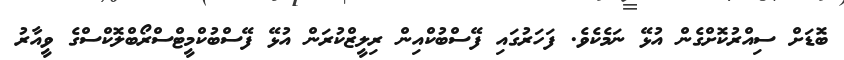
ބޮޑަށް ސިއްރުކޮށްގެން އުޅޭ ނަމެކެވެ. ފަހަރުގައި ފޭސްބުކްއިން ރިލީޒްކުރަން އުޅޭ ފޭސްބުކްމީޓްސްރޯބްލޮކްސްގެ ވީއާރު